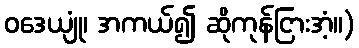
ဝဒေယျုံ၊ အကယ်၍ ဆိုကုန်ငြားအံ့။)